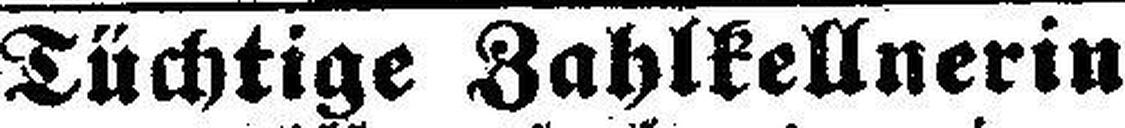
Tüchtige Zahlkellnerin